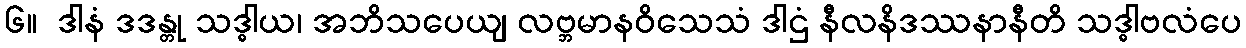
၆။  ဒါနံ ဒဒန္တု သဒ္ဓါယ၊ အဘိသပေယျ လဗ္ဘမာနဝိသေသံ ဒါဌံ နီလနိဒဿနာနီတိ သဒ္ဓါဗလံပေ